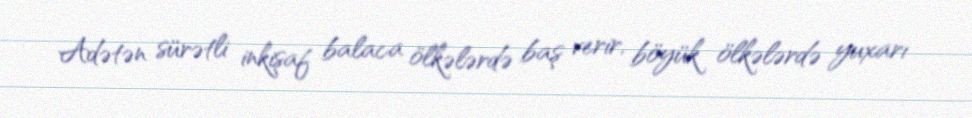
Adətən sürətli inkişaf balaca ölkələrdə baş verir, böyük ölkələrdə yuxarı